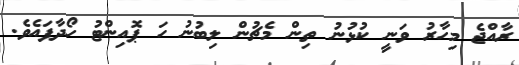
ރާއްޖެ މިހާރު ވަނީ ކުޅުނު ތިން މެޗުން ލިބުނު ހަ ޕޮއިންޓު ހޯދާފައެވެ.